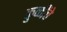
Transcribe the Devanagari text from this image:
कुळींचे